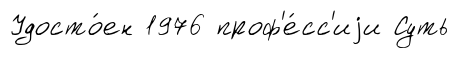
Удосто́ен 1976 проф'е́сс'иjи Суть